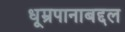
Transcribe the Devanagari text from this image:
धूम्रपानाबद्दल